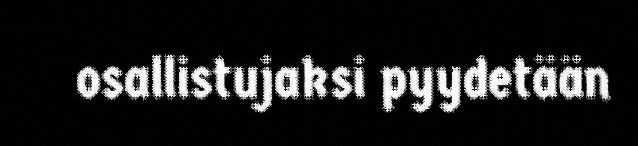
osallistujaksi pyydetään